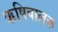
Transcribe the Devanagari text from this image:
ऋषिबालक